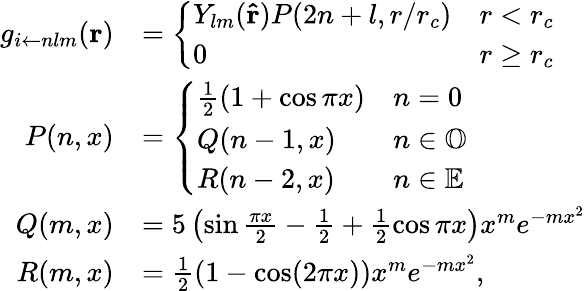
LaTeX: \begin{array}{rl}{g_{i\leftarrow nlm}(\mathbf{r})}&{=\left\{ \begin{array}{ll}{Y_{lm}(\mathbf{\hat{r}})P(2n+l,r/r_{c})}&{r<r_{c}}\\ {0}&{r\ge r_{c}}\end{array}\right.}\\ {P(n,x)}&{=\left\{ \begin{array}{ll}{\frac{1}{2}(1+\cos\pi x)}&{n=0}\\ {Q(n-1,x)}&{n\in\mathbb{O}}\\ {R(n-2,x)}&{n\in\mathbb{E}}\end{array}\right.}\\ {Q(m,x)}&{=5\left(\sin\frac{\pi x}{2}-\frac{1}{2}+\frac{1}{2}\cos\pi x\right)x^{m}e^{-mx^{2}}}\\ {R(m,x)}&{=\frac{1}{2}\left(1-\cos(2\pi x)\right)x^{m}e^{-mx^{2}},}\end{array}